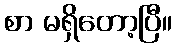
စာ မရှိတော့ပြီ။